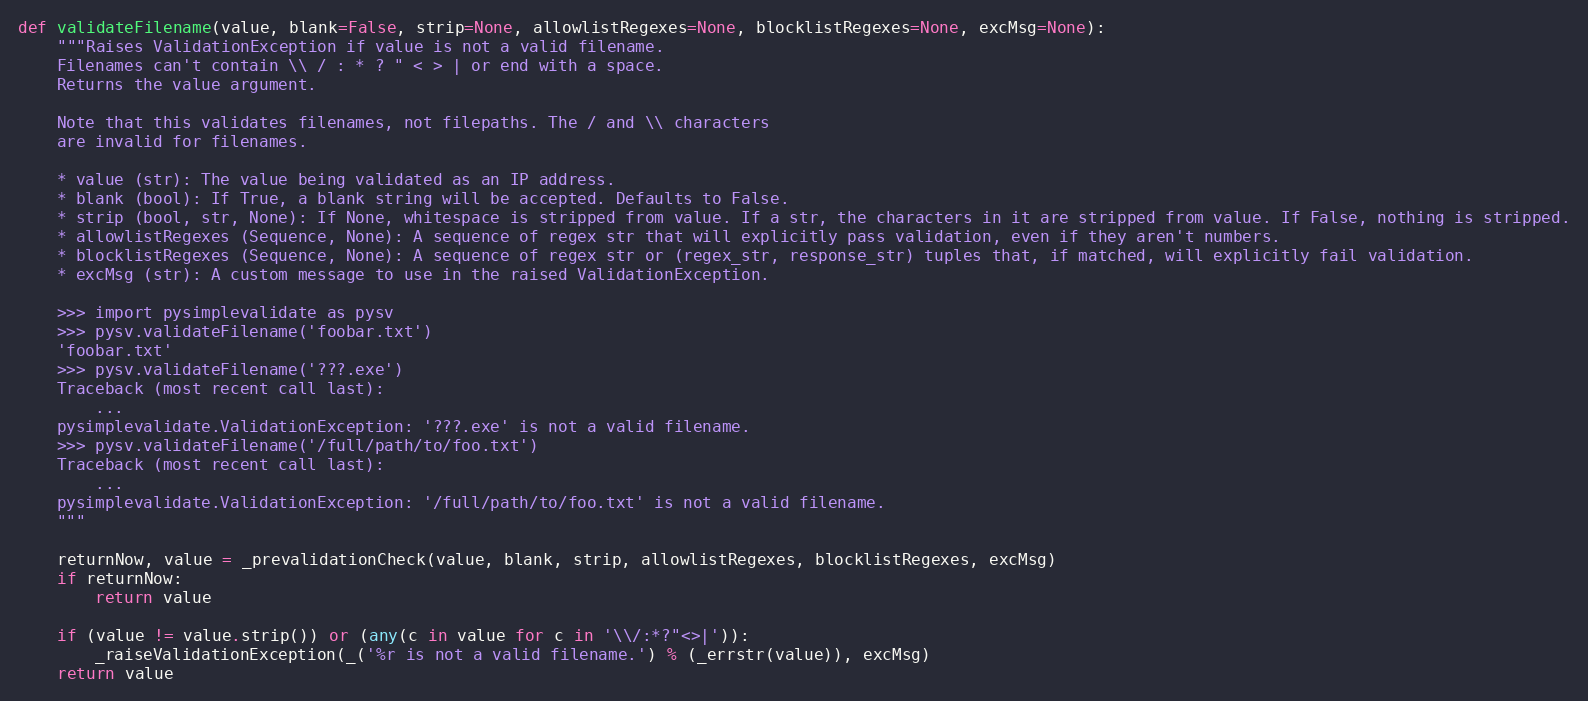
Language: Python
def validateFilename(value, blank=False, strip=None, allowlistRegexes=None, blocklistRegexes=None, excMsg=None):
    """Raises ValidationException if value is not a valid filename.
    Filenames can't contain \\ / : * ? " < > | or end with a space.
    Returns the value argument.

    Note that this validates filenames, not filepaths. The / and \\ characters
    are invalid for filenames.

    * value (str): The value being validated as an IP address.
    * blank (bool): If True, a blank string will be accepted. Defaults to False.
    * strip (bool, str, None): If None, whitespace is stripped from value. If a str, the characters in it are stripped from value. If False, nothing is stripped.
    * allowlistRegexes (Sequence, None): A sequence of regex str that will explicitly pass validation, even if they aren't numbers.
    * blocklistRegexes (Sequence, None): A sequence of regex str or (regex_str, response_str) tuples that, if matched, will explicitly fail validation.
    * excMsg (str): A custom message to use in the raised ValidationException.

    >>> import pysimplevalidate as pysv
    >>> pysv.validateFilename('foobar.txt')
    'foobar.txt'
    >>> pysv.validateFilename('???.exe')
    Traceback (most recent call last):
        ...
    pysimplevalidate.ValidationException: '???.exe' is not a valid filename.
    >>> pysv.validateFilename('/full/path/to/foo.txt')
    Traceback (most recent call last):
        ...
    pysimplevalidate.ValidationException: '/full/path/to/foo.txt' is not a valid filename.
    """

    returnNow, value = _prevalidationCheck(value, blank, strip, allowlistRegexes, blocklistRegexes, excMsg)
    if returnNow:
        return value

    if (value != value.strip()) or (any(c in value for c in '\\/:*?"<>|')):
        _raiseValidationException(_('%r is not a valid filename.') % (_errstr(value)), excMsg)
    return value